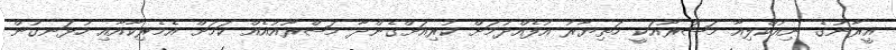
އީރާނުގެ ނިއުކްލިއާ މަޝްރޫއަކީ ހަތިޔާރު އުފެއްދުމަށް ކުރިއަށްގެންދާ މަޝްރޫއުއެއް ކަމަށް އެމެރިކާއާއި ހުޅަނގުން